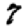
Digit: 7